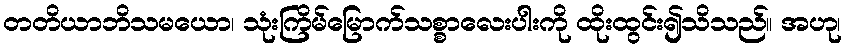
တတိယာဘိသမယော၊ သုံးကြိမ်မြောက်သစ္စာလေးပါးကို ထိုးထွင်း၍သိသည်။ အဟု၊